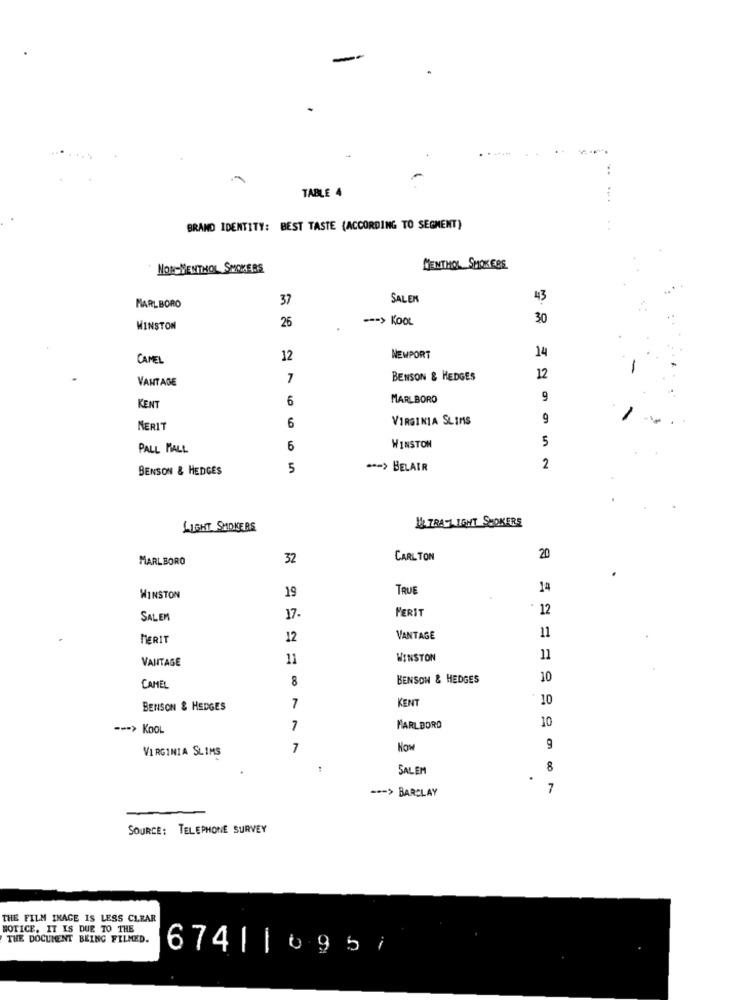
-
TABLE 4
BRAND IDENTITY: BEST TASTE (ACCORDING TO SEGMENT)
NON-MENTHOL SMOKERS
MENTHOL SMOKERS
37
SALEN
43
MARLBORO
26
--- > KOOL
30
WINSTON
14
CAMEL
12
NEWPORT
VANTAGE
7
BENSON & HEDGES
12
6
MARLBORO
9
KENT
VIRGINIA SLIMS
9
-
MERIT
6
5
PALL MALL
6
WINSTON
BENSON & HEDGES
5
**- > BELAIR
2
UL TRAT IGHT SMOKERS
LIGHT SMOKERS
MARLBORO
32
CARL TON
20
19
TRUE
14
WINSTON
PERIT
12
SALEM
17-
MERIT
12
VANTAGE
11
VANTAGE
11
WINSTON
11
8
BENSON & HEDGES
10
CAMEL
KENT
10
BENSON & HEDGES
7
10
--- > KOOL
7
MARLBORO
VIRGINIA SLIMS
7
Now
SALEM
8
--- > BARCLAY
7
SOURCE: TELEPHONE SURVEY
THE FILM INAGE IS LESS CLEAR
NOTICE. IT IS DUE TO THE
THE DOCUMENT BEING FILMED.
674| | 095/